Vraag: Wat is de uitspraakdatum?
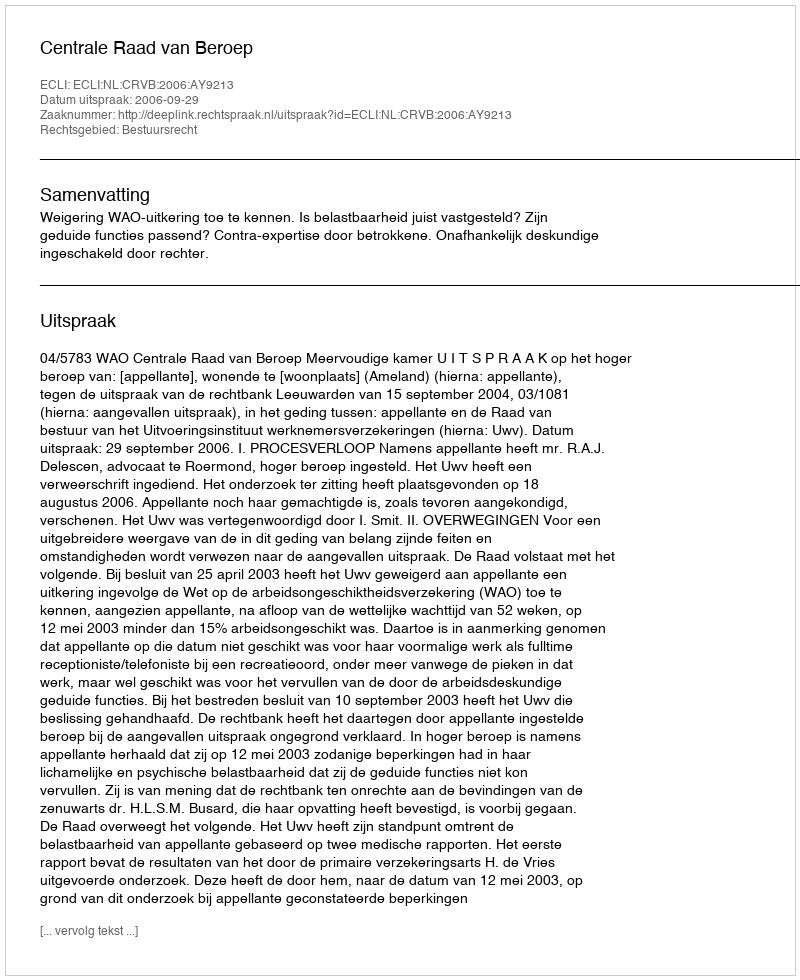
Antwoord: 2006-09-29